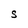
Character: S